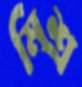
মিশ্র